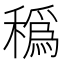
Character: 𥢬